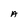
Character: A